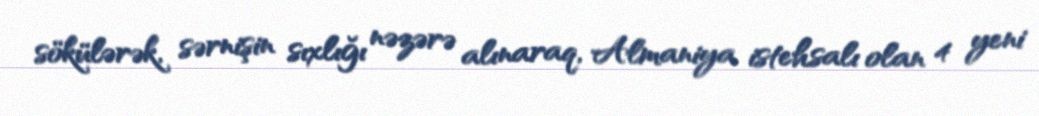
sökülərək, sərnişin sıxlığı nəzərə alınaraq, Almaniya istehsalı olan 4 yeni